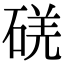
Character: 𥓌